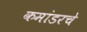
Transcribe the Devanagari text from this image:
कमांडरचे